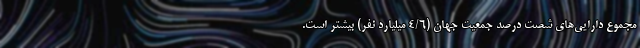
مجموع دارایی‌های شصت درصد جمعیت جهان (۴/۶ میلیارد نفر) بیشتر است.